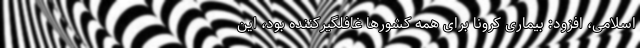
اسلامی، افزود: بیماری کرونا برای همه کشورها غافلگیرکننده بود، این